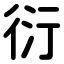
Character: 衍